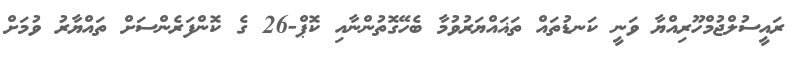
ރައީސުލްޖުމްހޫރިއްޔާ ވަނީ ކަނޑުތައް ތަޣައްޔަރުވުމާ ބެހޭގޮތުންނާއި ކޮޕް-26 ގެ ކޮންފަރެންސަށް ތައްޔާރު ވުމަށް